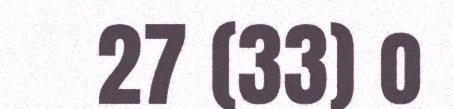
27 (33) o